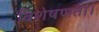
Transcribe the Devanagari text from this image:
विशेषणता।